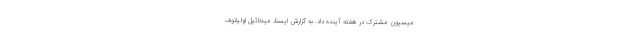
میسیون مشترک در هفته آینده داد. به گزارش ایسنا، میخائیل اولیانوف